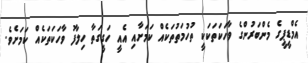
އެމްޑީޕީގެ މެންބަރުންގެ ވާހަކަތަކަކީ ތުހުމަތުތަކެއް ކަމަށާއި އެއީ ހަގީގަތާ ހިލާފު ވާހަކަތަކެއް ކަަމަށެވެ.